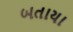
બતાયા